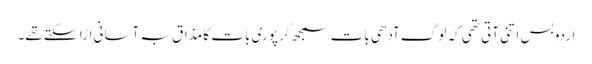
اردو بس اتنی آتی تھی کہ لوگ آدھی بات سمجھ کر پوری بات کا مذاق بہ آسانی اڑا سکتے تھے۔